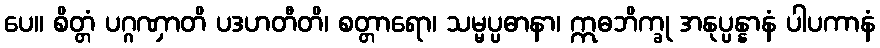
ပေ။ စိတ္တံ ပဂ္ဂဏှာတိ ပဒဟတီတိ၊ စတ္တာရော၊ သမ္မပ္ပဓာနာ၊ ဣဓဘိက္ခု အနုပ္ပန္နာနံ ပါပကာနံ